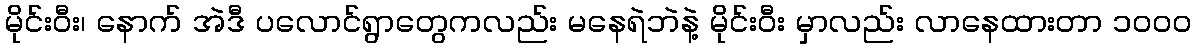
မိုင်းဝီး၊ နောက် အဲဒီ ပလောင်ရွာတွေကလည်း မနေရဲဘဲနဲ့ မိုင်းဝီး မှာလည်း လာနေထားတာ ၁၀၀၀